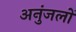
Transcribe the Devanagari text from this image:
अनुंजलों